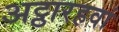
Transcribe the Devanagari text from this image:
अट्ठारहवां